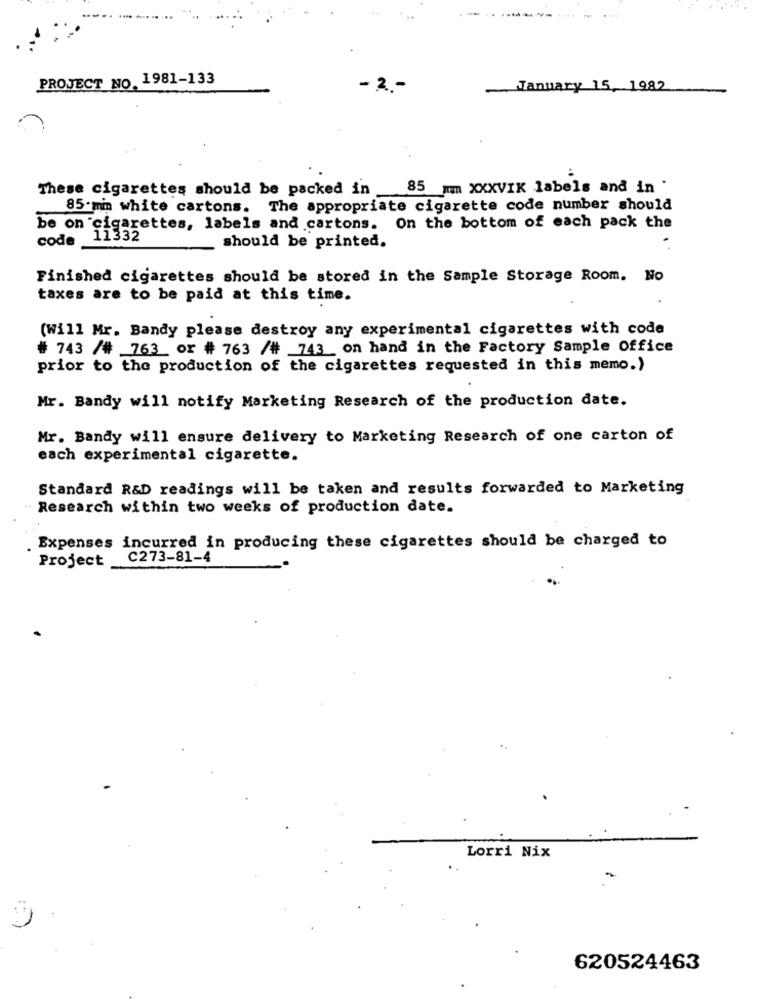
PROJECT NO. 1981-133
- 2 .-
January 15, 1982
These cigarettes should be packed in 85 mm XXXVIK labels and in
85 mm white cartons. The appropriate cigarette code number should
be on cigarettes, labels and cartons. On the bottom of each pack the
code
should be printed.
Finished cigarettes should be stored in the Sample Storage Room. No
taxes are to be paid at this time.
(Will Mr. Bandy please destroy any experimental cigarettes with code
# 743 /# 763_ or # 763 /# 743_ on hand in the Factory Sample Office
prior to the production of the cigarettes requested in this memo.)
Mr. Bandy will notify Marketing Research of the production date.
Mr. Bandy will ensure delivery to Marketing Research of one carton of
each experimental cigarette.
Standard R&D readings will be taken and results forwarded to Marketing
Research within two weeks of production date.
Expenses incurred in producing these cigarettes should be charged to
C273-81-4
Project
Lorri Nix
620524463